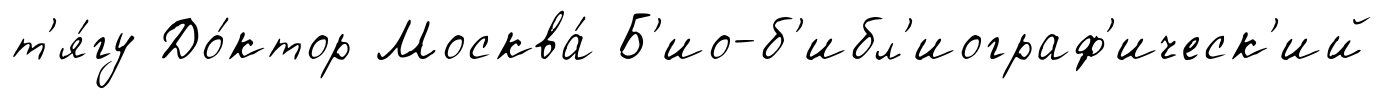
т'я́гу До́ктор Москва́ Б'ио-б'ибл'иограф'ическ'ий